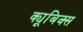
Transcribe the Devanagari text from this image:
क्यूबिक्स